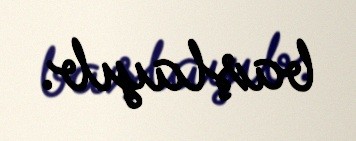
başlayıb.